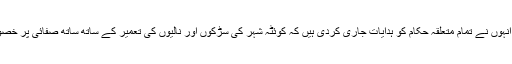
وزیراعلیٰ نے کہا کہ انہوں نے تمام متعلقہ حکام کو ہدایات جاری کردی ہیں کہ کوئٹہ شہر کی سڑکوں اور نالیوں کی تعمیر کے ساتھ ساتھ صفائی پر خصوصی توجہ دی جائے۔